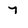
Character: 7